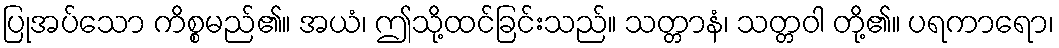
ပြုအပ်သော ကိစ္စမည်၏။ အယံ၊ ဤသို့ထင်ခြင်းသည်။ သတ္တာနံ၊ သတ္တဝါ တို့၏။ ပရကာရော၊